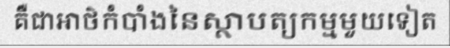
គឺជាអាថ៌កំបាំងនៃស្ថាបត្យកម្មមួយទៀត